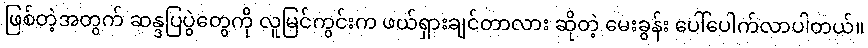
ဖြစ်တဲ့အတွက် ဆန္ဒပြပွဲတွေကို လူမြင်ကွင်းက ဖယ်ရှားချင်တာလား ဆိုတဲ့ မေးခွန်း ပေါ်ပေါက်လာပါတယ်။